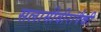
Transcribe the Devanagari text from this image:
सलामीवीरांपैकी